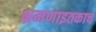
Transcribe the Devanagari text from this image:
भ्रमणाइतकाच